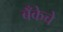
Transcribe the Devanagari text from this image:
बँकेचे